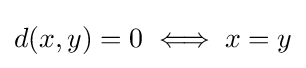
{\textstyle d(x,y)=0\iff x=y}